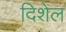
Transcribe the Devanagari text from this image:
दिशेल